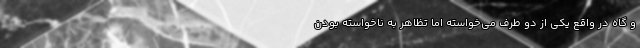
و گاه در واقع یکی از دو طرف می‌خواسته اما تظاهر به ناخواسته بودن